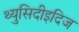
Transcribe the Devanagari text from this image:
थ्युसिदीइदिज